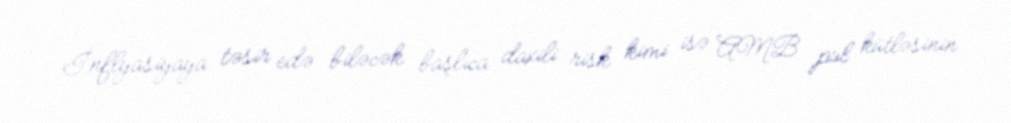
İnflyasiyaya təsir edə biləcək başlıca daxili risk kimi isə AMB pul kütləsinin